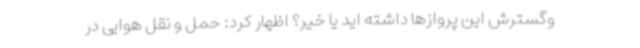
وگسترش این پروازها داشته اید یا خیر؟ اظهار کرد: حمل و نقل هوایی در